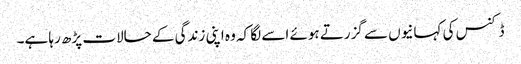
ڈکنس کی کہانیوں سے گزرتے ہوئے اسے لگا کہ وہ اپنی زندگی کے حالات پڑھ رہا ہے۔